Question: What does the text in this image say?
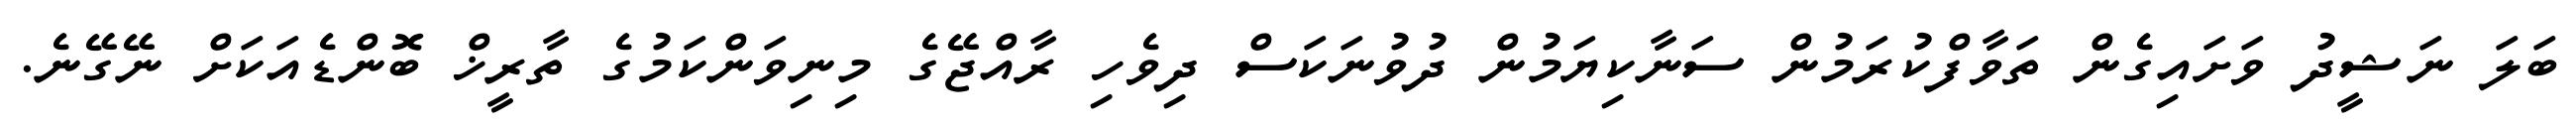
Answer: ބަލަ ނަޝީދު ވަށައިގެން ތަވާފްކުރަމުން ސަނާކިޔަމުން ދުވުނަކަސް ދިވެހި ރާއްޖޭގެ މިނިވަންކަމުގެ ތާރީޚް ބޮންޑެއަކަށް ނޭގޭނެ.